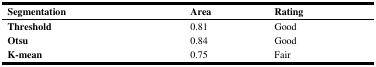
<table><thead><tr><td><b>Segmentation</b></td><td><b>Area</b></td><td><b>Rating</b></td></tr></thead><tbody><tr><td><b>Threshold</b></td><td>0.81</td><td>Good</td></tr><tr><td><b>Otsu</b></td><td>0.84</td><td>Good</td></tr><tr><td><b>K-mean</b></td><td>0.75</td><td>Fair</td></tr></tbody></table>